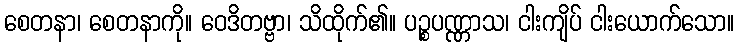
စေတနာ၊ စေတနာကို။ ဝေဒိတဗ္ဗာ၊ သိထိုက်၏။ ပဉ္စပဏ္ဏာသ၊ ငါးကျိပ် ငါးယောက်သော။